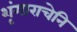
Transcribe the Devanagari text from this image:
शृंगाराचेनि